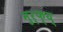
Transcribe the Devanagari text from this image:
मुर्फ्य्